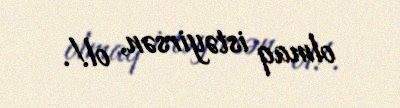
olmaq istəyirsən, ol!.